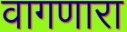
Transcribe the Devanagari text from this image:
वागणारा